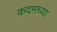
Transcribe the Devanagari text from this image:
कदमच्या